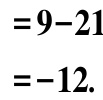
\[
\begin{align*}
&=9 - 21\\
&=-12.
\end{align*}
\]